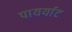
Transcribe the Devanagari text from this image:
पायर्याट